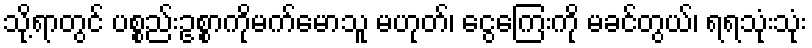
သို့ရာတွင် ပစ္စည်းဥစ္စာကိုမက်မောသူ မဟုတ်၊ ငွေကြေးကို မခင်တွယ်၊ ရရသုံးသုံး